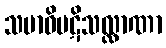
သမာဓိပဋိသလ္လာဏာ